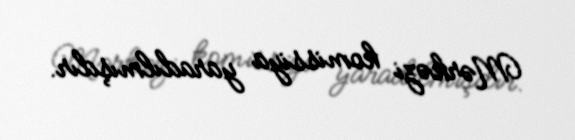
Mərkəzi komissiya yaradılmışdır.